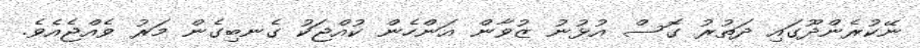
ނޭކުރެންދޫގައި ދަތުރު ގޮސް އުޅުނު ޒުވާން އަންހެން ކުއްޖަކު ގެނބިގެން މަރު ވެއްޖެއެވެ.